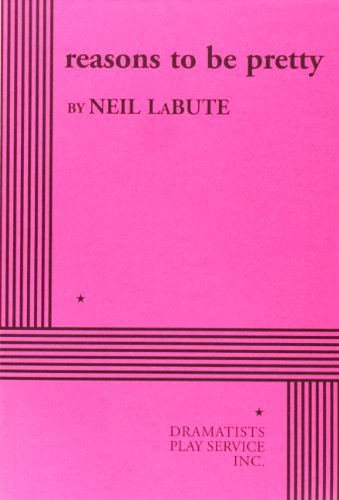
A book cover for reasons to be pretty - Acting Edition; Neil LaBute; Literature & Fiction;